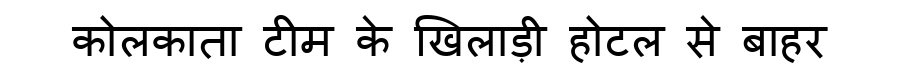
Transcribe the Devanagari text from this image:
कोलकाता टीम के खिलाड़ी होटल से बाहर